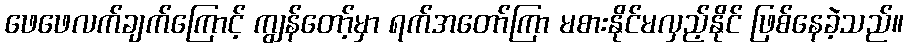
ဖေဖေလက်ချက်ကြောင့် ကျွန်တော့်မှာ ရက်အတော်ကြာ မစားနိုင်မလှည့်နိုင် ဖြစ်နေခဲ့သည်။